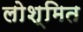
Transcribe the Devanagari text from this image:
लोश्मित